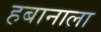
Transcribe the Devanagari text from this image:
हबानाला